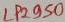
Text: LP2950